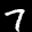
Label: 7